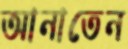
আনাতেন